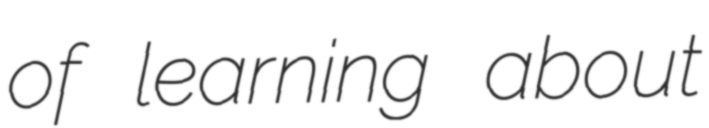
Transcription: of learning about